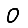
Digit: 0